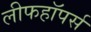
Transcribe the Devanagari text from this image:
लीफहॉपर्स